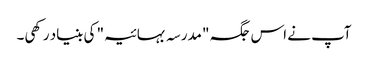
آپ نے اس جگہ "مدرسہ بہائیہ" کی بنیاد رکھی۔